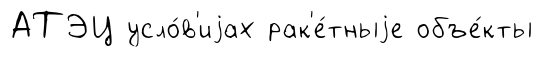
АТЭЦ усло́в'иjах рак'е́тныjе объе́кты